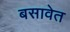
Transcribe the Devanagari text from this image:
बसावेत